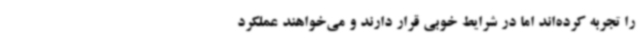
را تجربه کرده‌اند اما در شرایط خوبی قرار دارند و می‌خواهند عملکرد